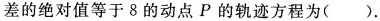
差的绝对值等于8的动点P的轨迹方程为().